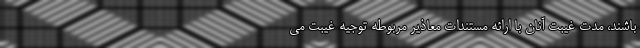
باشند، مدت غیبت آنان با ارائه مستندات معاذیر مربوطه توجیه غیبت می